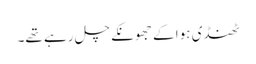
ٹھنڈی ہوا کے جھونکے چل رہے تھے۔